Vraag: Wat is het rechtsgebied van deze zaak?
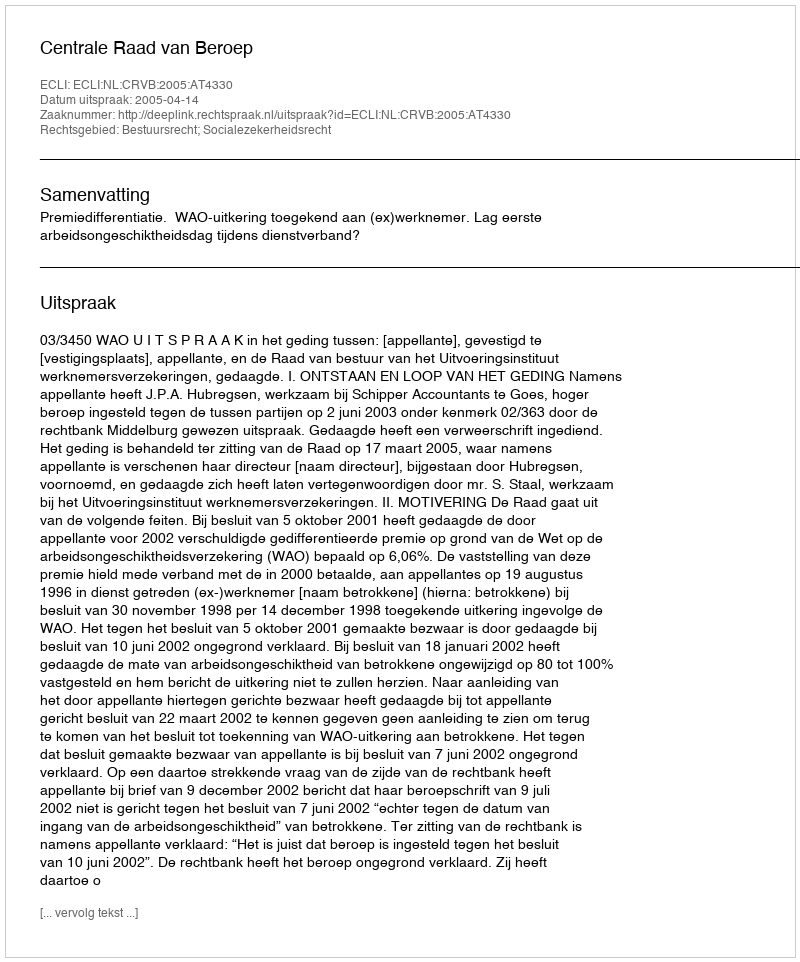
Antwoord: Bestuursrecht; Socialezekerheidsrecht